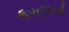
ઉપનામથી